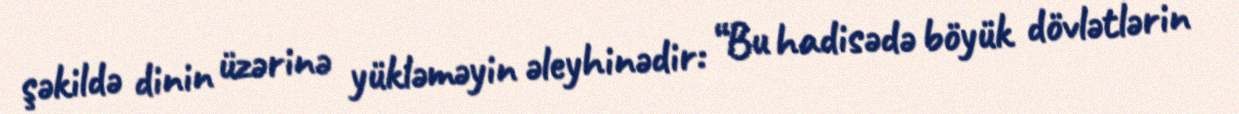
şəkildə dinin üzərinə yükləməyin əleyhinədir: “Bu hadisədə böyük dövlətlərin